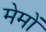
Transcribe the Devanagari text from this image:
मेमों